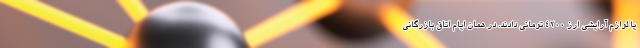
یا لوازم آرایشی ارز 4200 تومانی دادند. در همان ایام اتاق بازرگانی